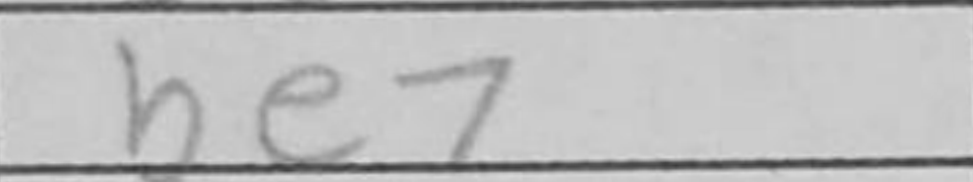
Transcription: Be7